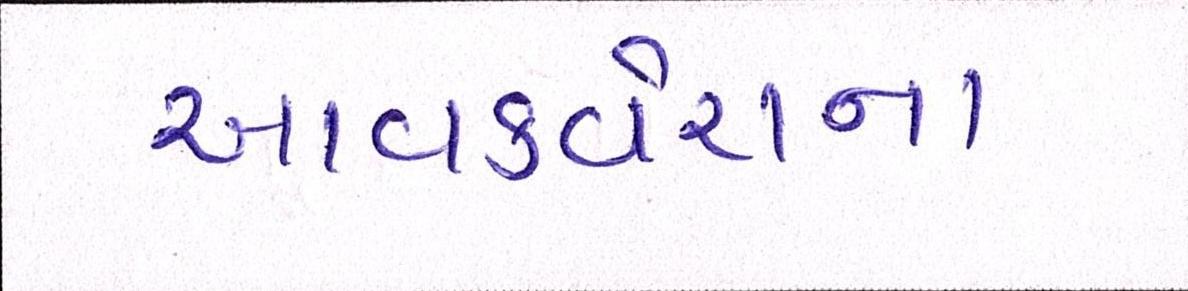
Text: આવકવેરાના